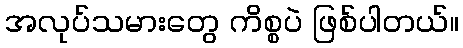
အလုပ်သမားတွေ ကိစ္စပဲ ဖြစ်ပါတယ်။